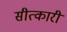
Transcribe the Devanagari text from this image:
सीत्कारी